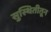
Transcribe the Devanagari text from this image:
सुस्थितीतून